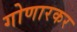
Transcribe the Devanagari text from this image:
गोणारकर